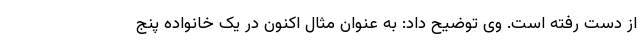
از دست رفته است. وی توضیح داد: به عنوان مثال اکنون در یک خانواده پنج